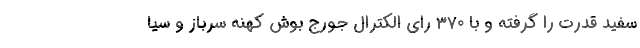
سفید قدرت را گرفته و با 370 رای الکترال جورج بوش کهنه سرباز و سیا